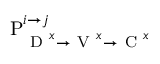
\mathrm { P } _ { \mathrm { ~ D ~ } ^ { x } \rightarrow \mathrm { ~ V ~ } ^ { x } \rightarrow \mathrm { ~ C ~ } ^ { x } } ^ { i \rightarrow j }